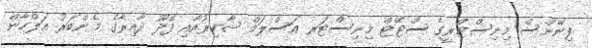
ފިނޭންސް މިނިސްޓްރީގެ ސްޓޭޓް މިނިސްޓަރ އަސްލަމް ޝާކިރުއާއި ފޭދޫ ދާއިރާގެ މެންބަރު އަލްހާން